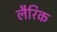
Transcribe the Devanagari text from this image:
लैरिक